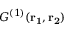
{ G ^ { ( 1 ) } } ( \mathbf { r _ { 1 } , r _ { 2 } } )